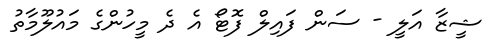
ޝީޒާ އަލީ - ސަން ފައިލް ފޮޓޯ އެ ދެ މީހުންގެ މައުލޫމާތު